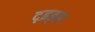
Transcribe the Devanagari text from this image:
दृइड्स